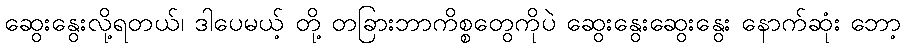
ဆွေးနွေးလို့ရတယ်၊ ဒါပေမယ့် တို့ တခြားဘာကိစ္စတွေကိုပဲ ဆွေးနွေးဆွေးနွေး နောက်ဆုံး ဘော့